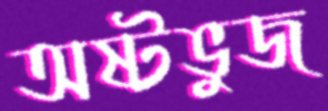
অষ্টভুজ